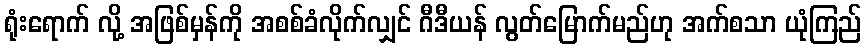
ရုံးရောက် လို့ အဖြစ်မှန်ကို အစစ်ခံလိုက်လျှင် ဂီဒီယန် လွတ်မြောက်မည်ဟု အက်စသာ ယုံကြည်